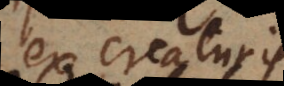
ex creaturis